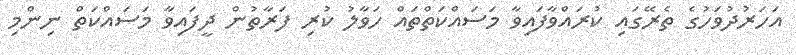
އަހަރުދުވަހުގެ ތެރޭގައި ކުރައްވާފައިވާ މަސައްކަތްތައް ހަވާލު ކުރި ފަރާތުން ދީފައިވާ މަސައްކަތް ނިންމި